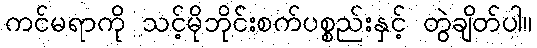
ကင်မရာကို သင့်မိုဘိုင်းစက်ပစ္စည်းနှင့် တွဲချိတ်ပါ။